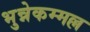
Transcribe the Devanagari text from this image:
भुन्नेकम्मल्ल